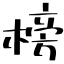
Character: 榜